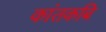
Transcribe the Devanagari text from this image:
कांतकबि